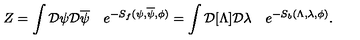
Z = \int { \cal D } \psi { \cal D } \overline { \psi } \quad e ^ { - S _ { f } ( \psi , \overline { \psi } , \phi ) } = \int { \cal D } [ \Lambda ] { \cal D } \lambda \quad e ^ { - S _ { b } ( \Lambda , \lambda , \phi ) } .